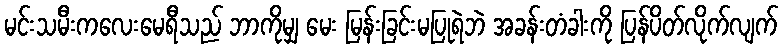
မင်းသမီးကလေးမေရီသည် ဘာကိုမျှ မေး မြန်းခြင်းမပြုရဲဘဲ အခန်းတံခါးကို ပြန်ပိတ်လိုက်လျက်